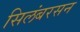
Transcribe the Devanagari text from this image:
सिलंबरसन